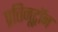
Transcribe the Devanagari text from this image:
प्रतिनूट्रॉन